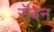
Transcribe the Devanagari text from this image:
रॉबन